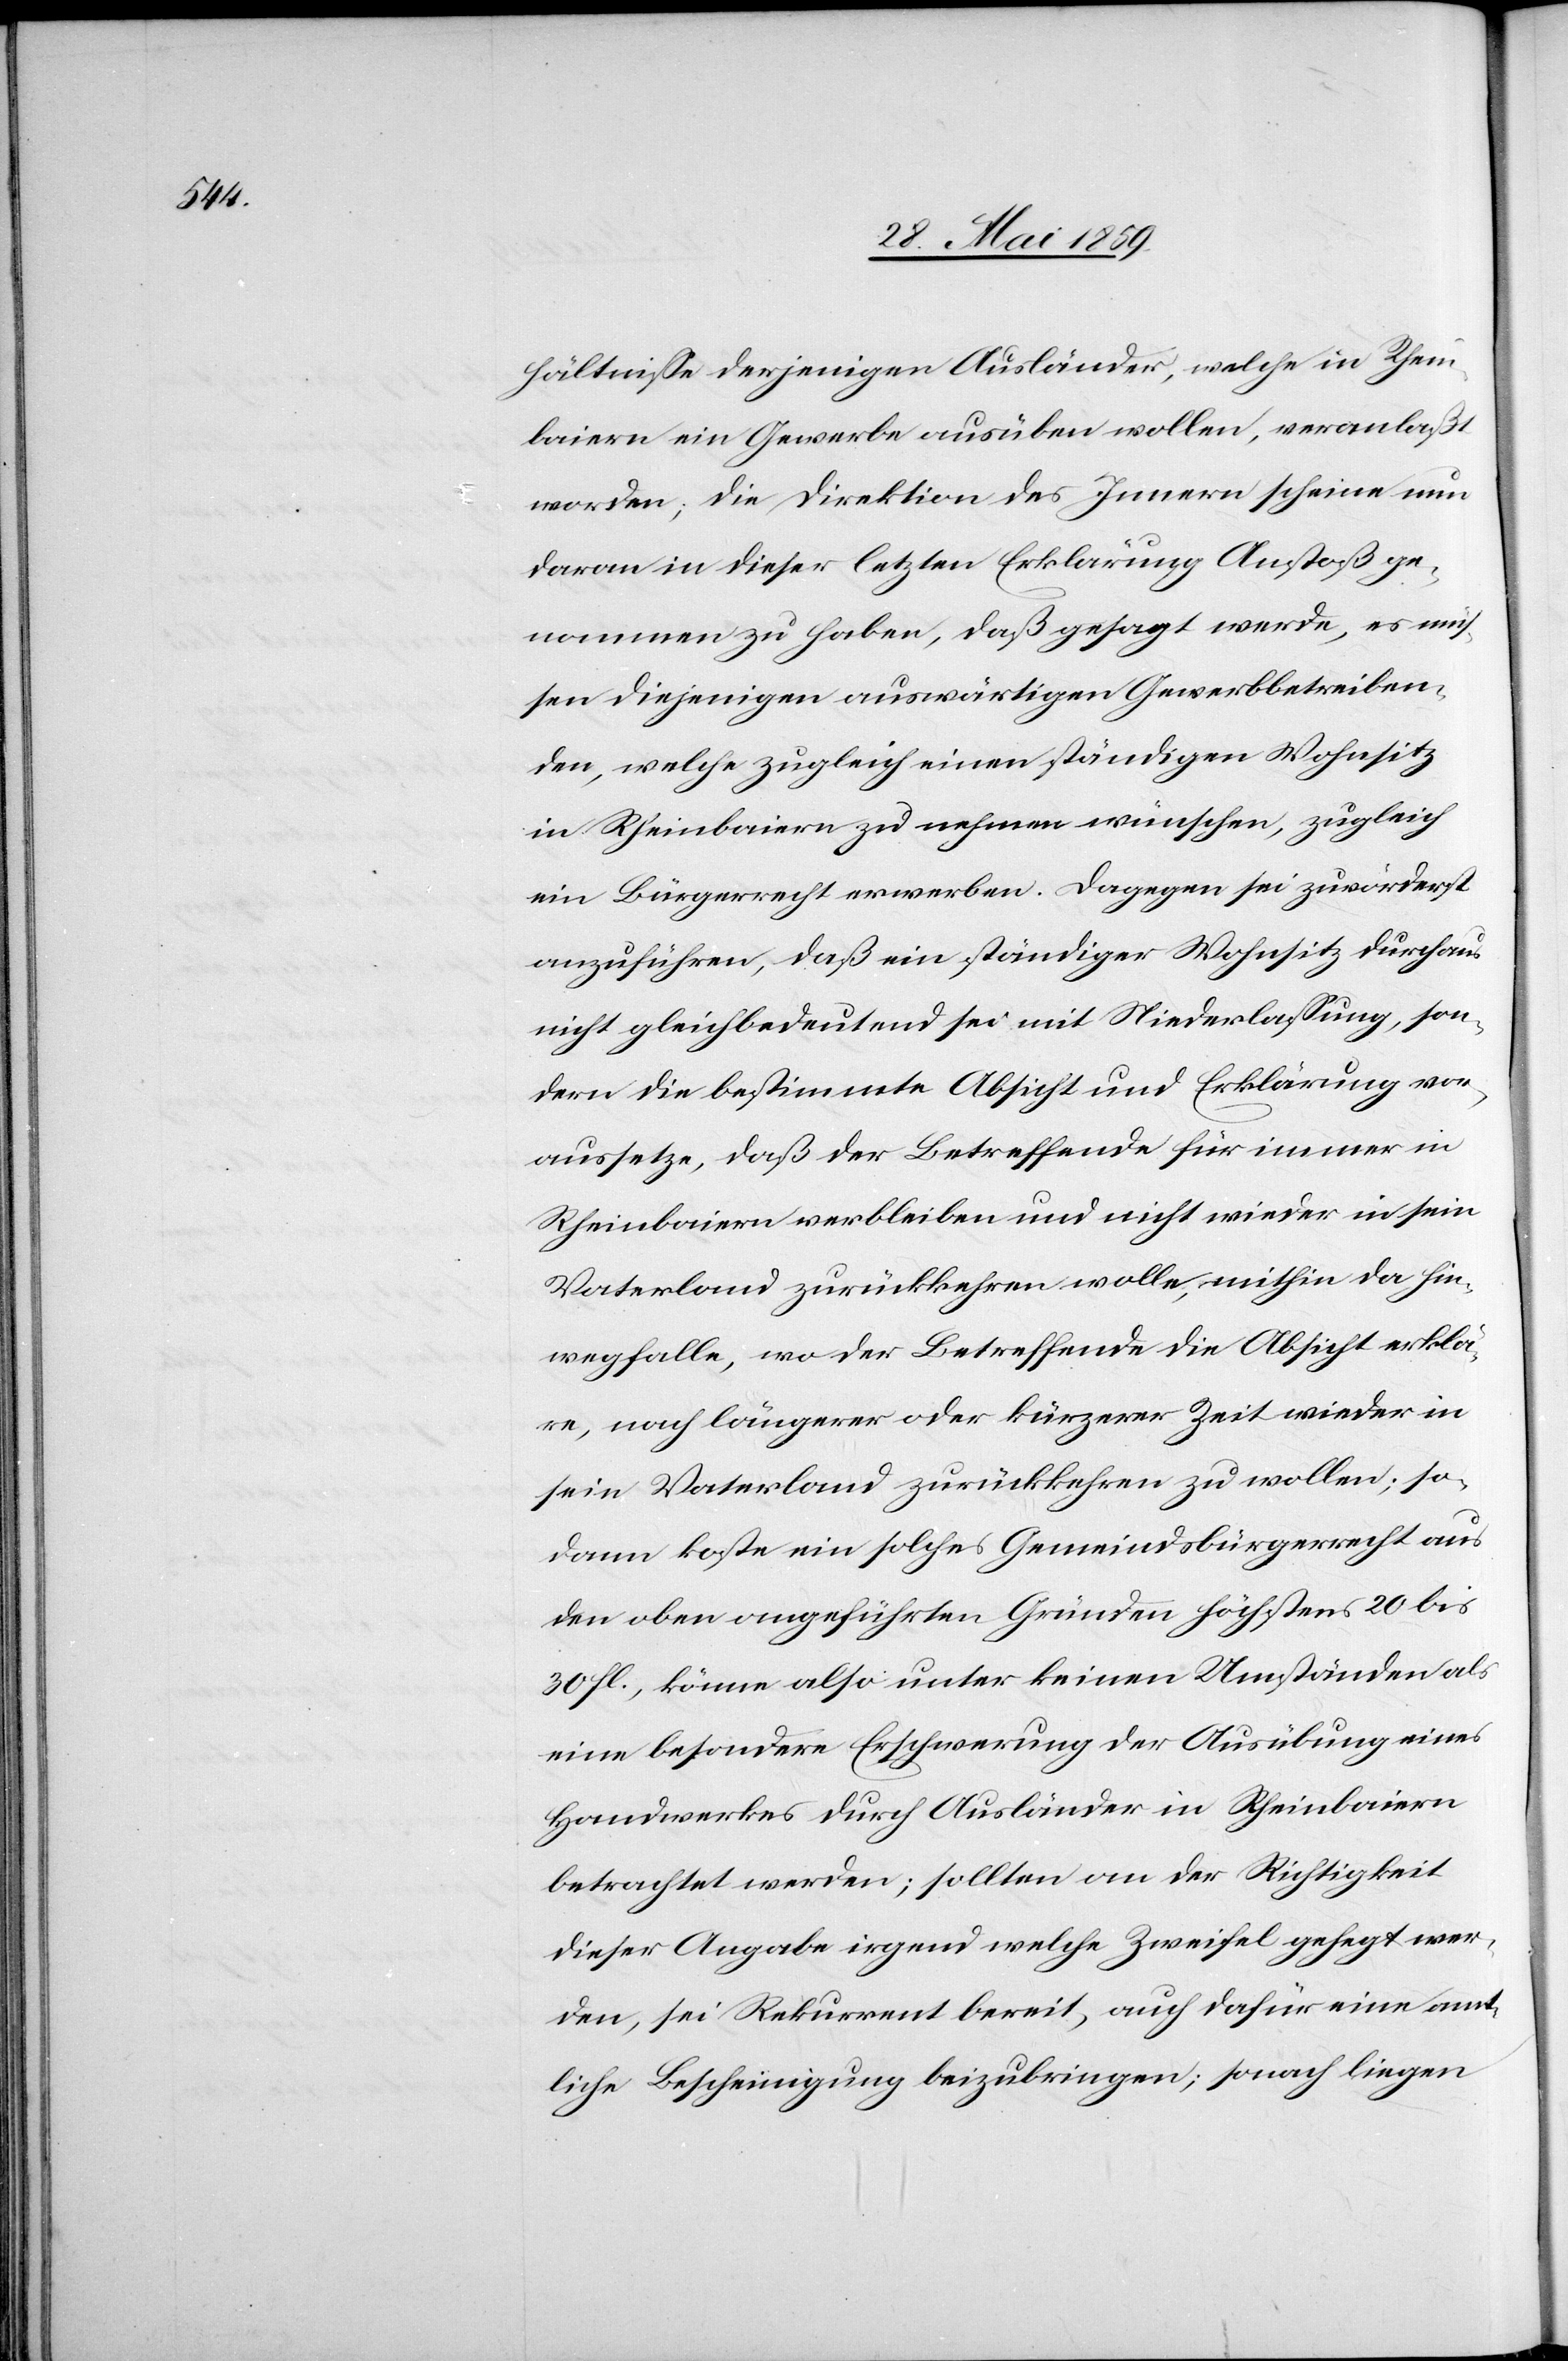
hältnisse derjenigen Ausländer, welche in Rhein¬
baiern ein Gewerbe ausüben wollen, veranlaßt
worden, die Direktion des Innern scheine nun
daran in dieser letzten Erklärung Anstoß ge¬
nommen zu haben; daß gesagt wurde, es müs¬
sen diejenigen auswärtigen Gewerbbetreiben¬
den, welche zugleich einen ständigen Wohnsitz
in Rheinbaiern zu nehmen wünschen, zugleich
ein Bürgerrecht erwerben. Dagegen sei zuvorderst
anzuführen, daß ein ständiger Wohnsitz durchaus
nicht gleichbedeutend sei mit Niederlassung, son¬
dern die bestimmte Absicht und Erklärung vor¬
aussetze, daß der Betreffende für immer in
Rheinbaiern verbleiben und nicht wieder in sein
Vaterland zurückkehren wolle, mithin da hin¬
wegfalle, wo der Betreffende die Absicht erklä¬
re, nach längerer oder kürzerer Zeit wieder in
sein Vaterland zurückkehren zu wollen; so¬
dann koste ein solches Gemeindsbürgerrecht aus
den oben angeführten Gründen höchstens 20 bis
30 fl., können also unter keinen Umständen als
eine besondere Erschwerung der Ausübung eines
Handwerkes durch Ausländer in Rheinbaiern
betrachtet werden; sollten an der Richtigkeit
dieser Angabe irgend welche Zweifel gehegt wer¬
den, sei Rekurrent bereit, auch dafür eine amt¬
liche Bescheinigung beizubringen; sonach liegen